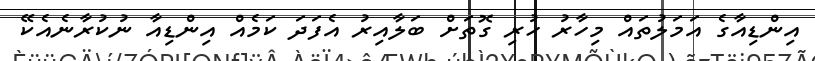
އިންޑިއާގެ އަމަލުތައް މިހާރު ހުރި ގޮތަށް ބަލާއިރު އެފަދަ ކަމެއް އިންޑިއާ ނުކުރާނެއެކޭ